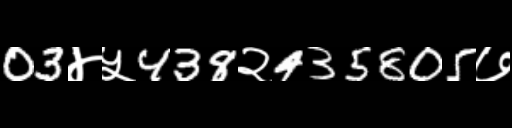
Text: 03४५438२435805७